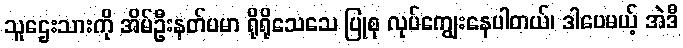
သူဌေးသားကို အိမ်ဦးနတ်ပမာ ရိုရိုသေသေ ပြုစု လုပ်ကျွေးနေပါတယ်၊ ဒါပေမယ့် အဲဒီ